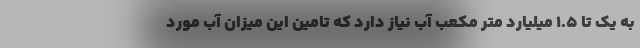
به یک تا ۱.۵ میلیارد متر مکعب آب نیاز دارد که تامین این میزان آب مورد